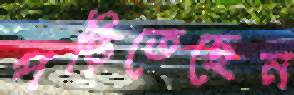
পড়িতেছেন